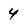
Character: 4